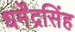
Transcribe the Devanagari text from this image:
धर्मेंद्रसिंह